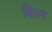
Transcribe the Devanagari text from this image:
बिघ्न